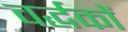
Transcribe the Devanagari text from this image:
वर्द्धकों